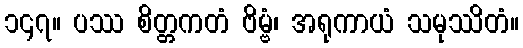
၁၄၇။ ပဿ စိတ္တကတံ ဗိမ္ဗံ၊ အရုကာယံ သမုဿိတံ။